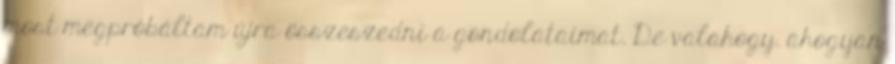
most megpróbáltam újra összeszedni a gondolataimat. De valahogy. ahogyan